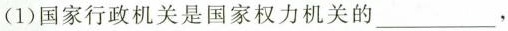
(1)国家行政机关是国家权力机关的___，